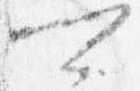
可